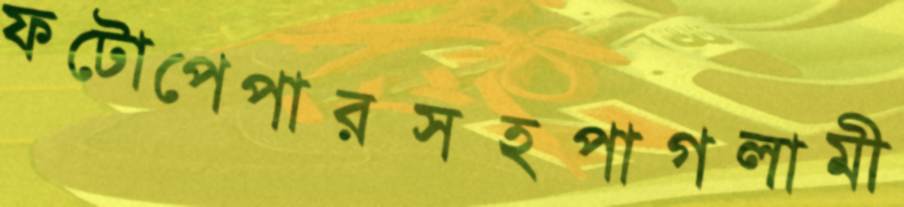
ফটোপেপারসহপাগলামী